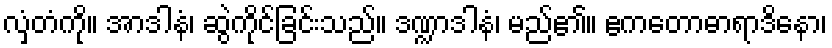
လှံတံကို။ အာဒါနံ၊ ဆွဲကိုင်ခြင်းသည်။ ဒဏ္ဍာဒါနံ၊ မည်၏။ ဧကတောဓာရာဒိနော၊